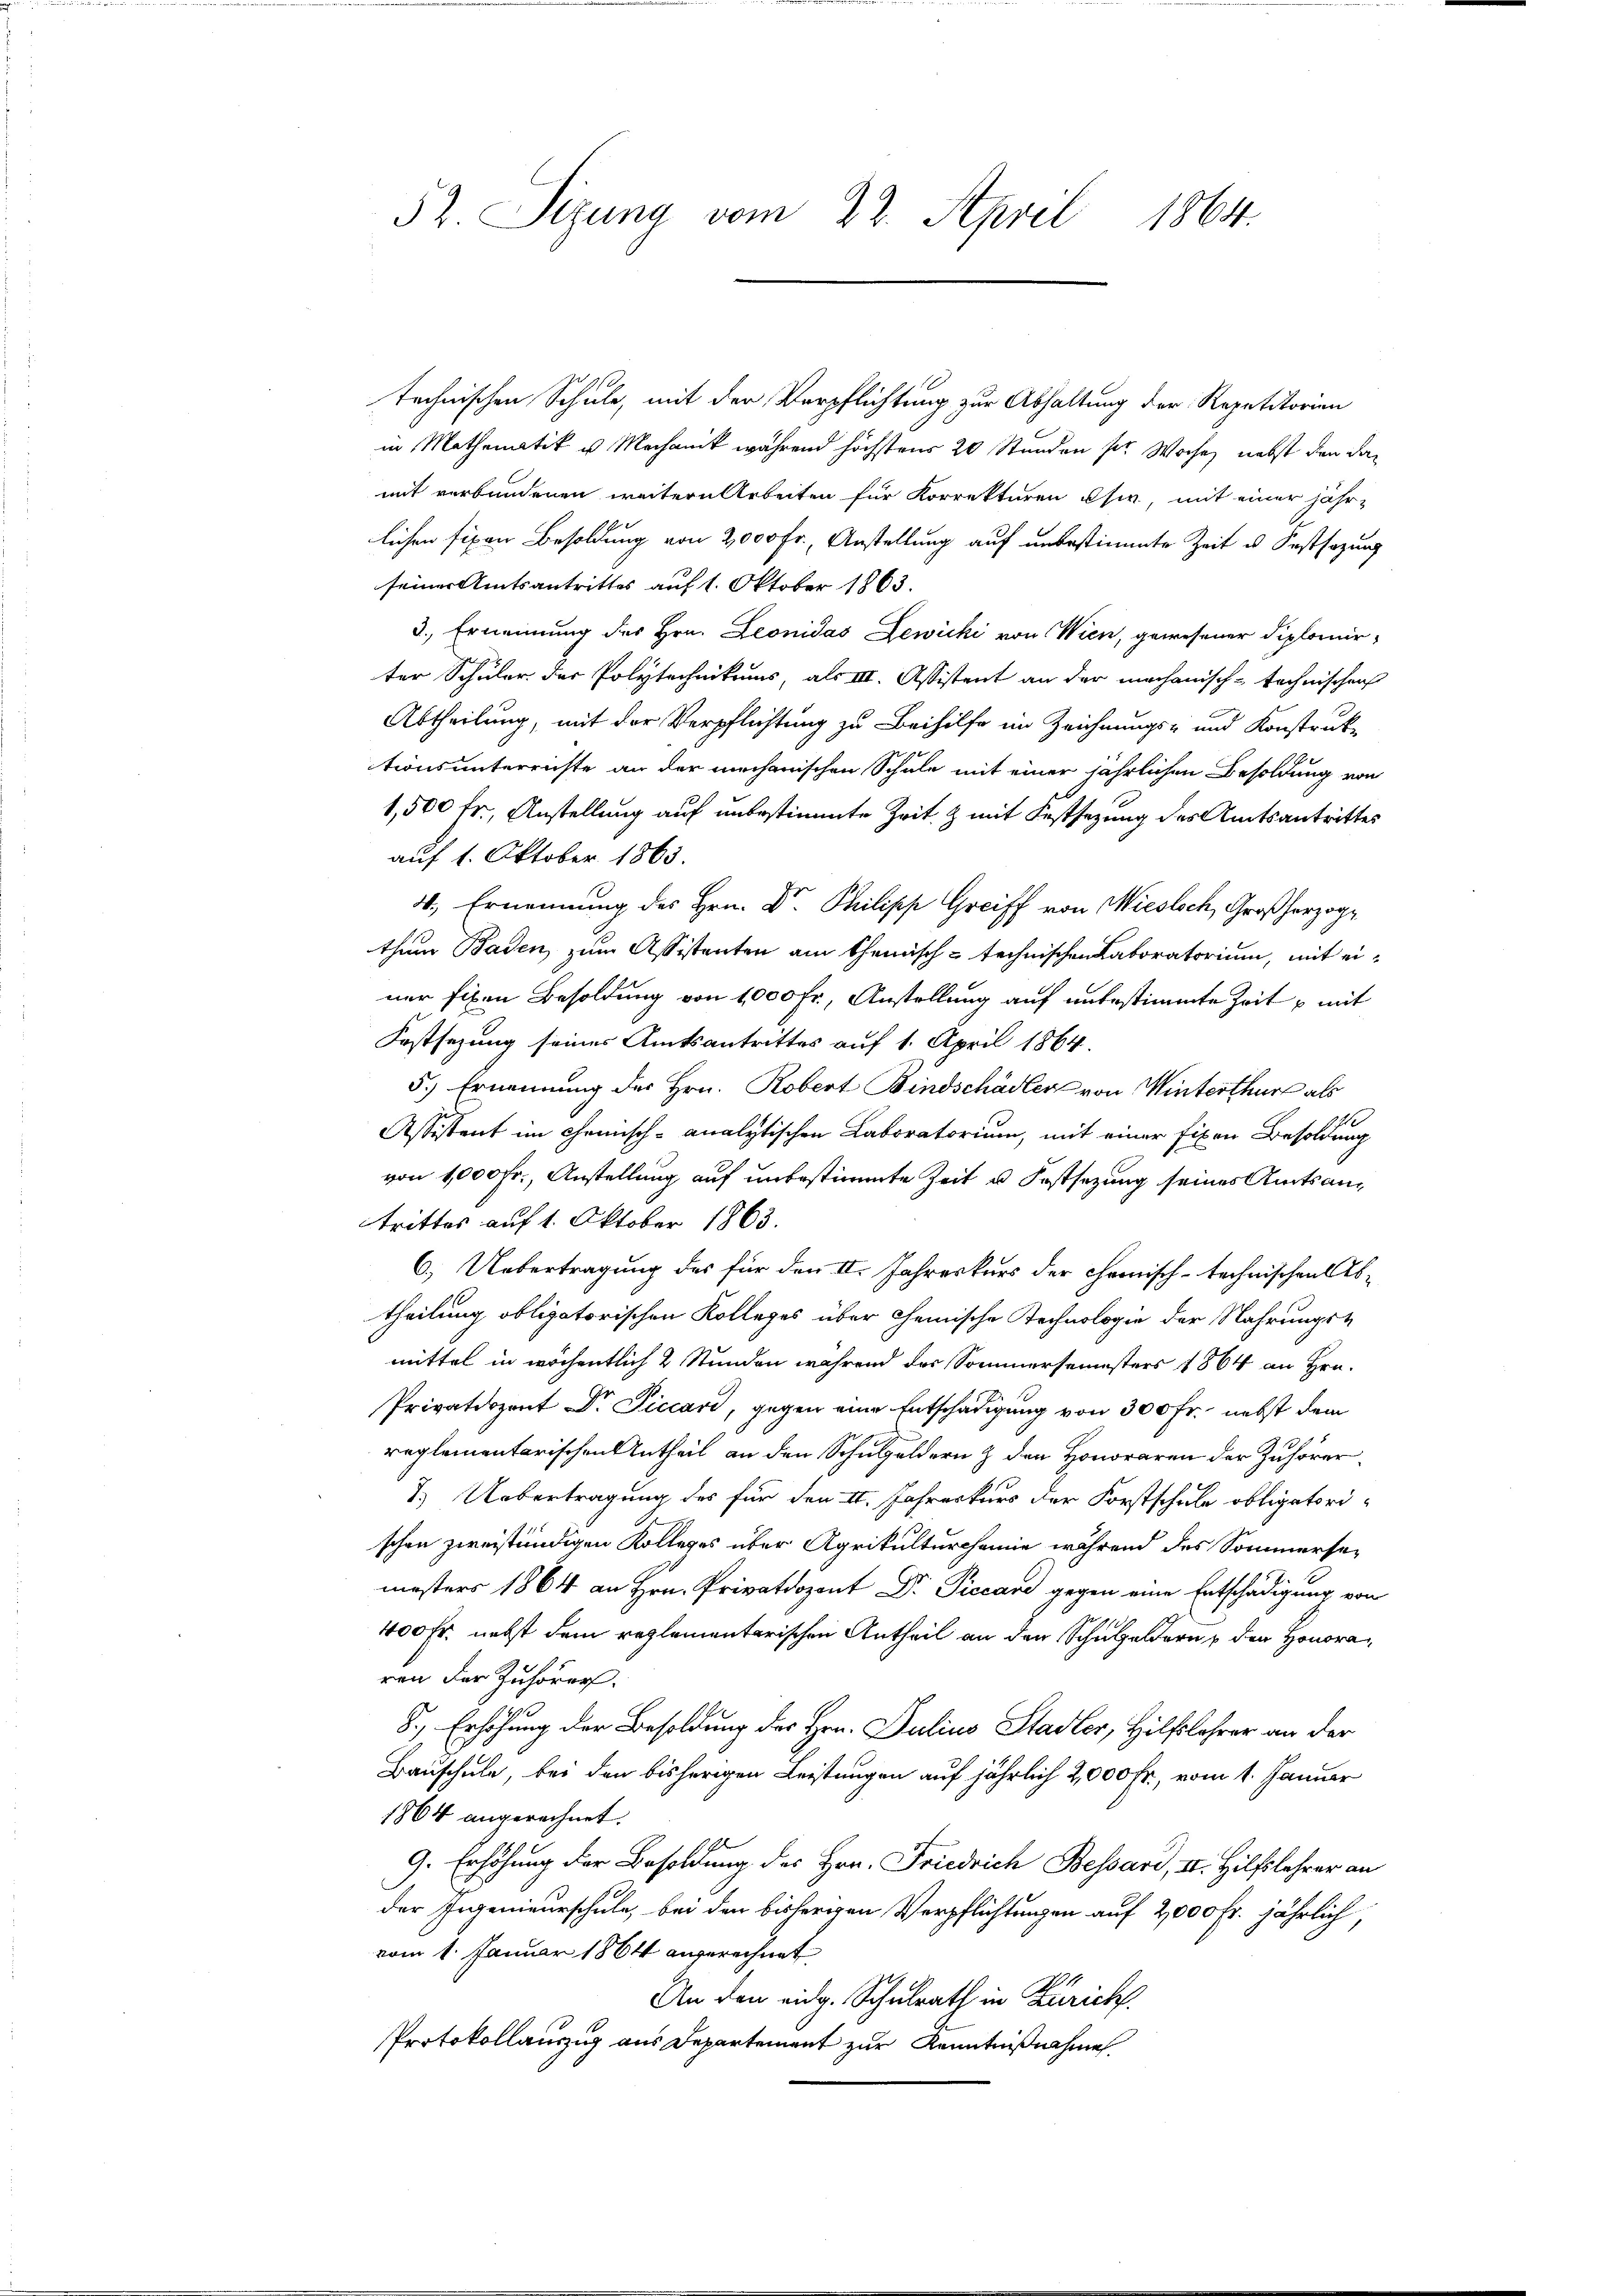
52. Sizung vom 22. April 1864.

technischen Schule, mit der Verpflichtung zur Abhaltung der Repetitorien
in Mathematik u. Mechanik während höchstens 20 Stunden ser Woche, nebst den damit verbundenen weitern Arbeiten für Korrekturen usw, mit einer jährlichen fixen Besoldung von 2000 Fr., Anstellung auf unbestimmte Zeit u. Festsazung
seiner Amtsantrittes auf 1. Oktober 1863.
3., Ernennung des Hrn. Leonidas Lewicki von Wien, gewesener Diplomir-
ter Schüler der Polytechnikums, als III. Assistent an der mechanisch-technischen
Abtheilung, mit der Verpflichtung zu Beihilfe im Zeichnungs- und Konstruktionsunterrichte an der mechanischen Schule mit einer jährlichen Besoldung von
1,500 fr., Anstellung auf unbestimmte Zeit & mit Festsezung des Amtsantrittes
auf 1. Oktober 1865.
4., Ernennung des Hrn. Dr. Philipp Greiff von Miesloch, Großherzoge
thum Baden zum Assistenten am Chemisch-technischen Laboratorium, mit einer fixen Besoldung von 1000 Fr., Anstellung auf unbestimmte Zeit – mit
Festsezung seines Amtsantrittes auf 1. April 1864.
5.) Ernennung des Hrn. Robert Bindschädler von Winterthur als
Assistent im Chemisch-analytischen Laboratorium, mit einer fixen Besoldung
von 1000 Fr., Anstellung auf unbestimmte Zeit u. Kostsezung seines Amtsantrittes auf 1. Oktober 1863.
6.) Uebertragung des für den II. Jahreskurs der chemisch-technischen Abtheilung obligatorischen Kolleges über Chemische Rechnologie der Nahrungsmittel in wöchentlich 2 Stunden während der Sommersemesters 1864 an Hrn.
Privatdozent Dr. Piccari, gegen eine Entschädigung von 300 Fr. nebst dem
reglementarischen Antheil an den Schulgeldern & den Honoraren der Zuhörer¬
7.) Uebertragung des für den II. Jahreskurs der Forstschule obligatorischen zweiständigen Kolleges über Agrikulturcheine während des Sommersemesters 1864 an Hrn. Privatdozent Dr. Piccard gegen eine Entschädigung von
400 Fr. nebst dem reglementarischen Antheil an den Schulgeldern & den Honoraren der Zuhörer.
8., Erhöhung der Besoldung des Hrn. Julius Stadler, Hilfslehrer an der
Bauschule, bei den bisherigen Leistungen auf jährlich 2,000 Fr., vom 1. Januar
1864 angerechnet.
9. Erhöhung der Besoldung des Hrn. Friedrich Bessard, II. Hilfslehrer an
der Ingenieurschule, bei den bisherigen Verpflichtungen auf 2000 Fr. jährlich,
vom 1. Januar 1864 angerechnet
An den eidg. Schulrath in Zürich.
Protokollauszug aus Departement zur Kenntnißnahme